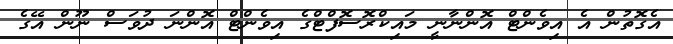
އެގޮތުން އެ އިވެންޓް އޮންނާނީ މައިކްރޮސޮފްޓްގެ އިވެންޓް އޮންނަ ދުވަސް ނޫން އޭގެ